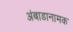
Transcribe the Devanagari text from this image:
अंबाडानामक